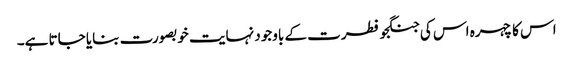
اس کا چہرہ اس کی جنگجو فطرت کے باوجود نہایت خوبصورت بنایا جاتا ہے۔